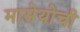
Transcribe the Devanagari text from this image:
मासेयोची